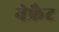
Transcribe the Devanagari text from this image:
नेफ्रैट